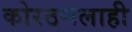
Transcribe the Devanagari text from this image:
कोरठणलाही